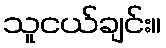
သူငယ်ချင်း။